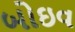
બોઇવ